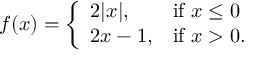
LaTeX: f ( x ) = { \left\{ \begin{array} { l l } { 2 | x | , } & { { \mathrm { i f ~ } } x \leq 0 } \\ { 2 x - 1 , } & { { \mathrm { i f ~ } } x > 0 . } \end{array} \right. }